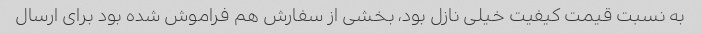
به نسبت قیمت کیفیت خیلی نازل بود، بخشی از سفارش هم فراموش شده بود برای ارسال